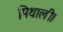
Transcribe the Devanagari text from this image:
मिथाली।